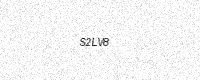
Text: S2LV8